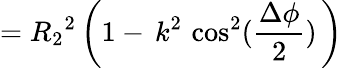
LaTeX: ={R_{2}}^{2}\, \bigg(1-\, k^{2}\, \cos^{2}(\frac{\Delta\phi}{2})\, \bigg)